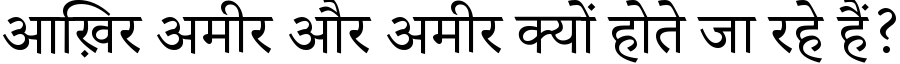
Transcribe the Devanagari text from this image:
आख़िर अमीर और अमीर क्यों होते जा रहे हैं?